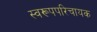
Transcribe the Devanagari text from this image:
स्वरूपपरिचायक